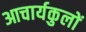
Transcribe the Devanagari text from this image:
आचार्यकुलों